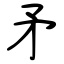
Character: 矛